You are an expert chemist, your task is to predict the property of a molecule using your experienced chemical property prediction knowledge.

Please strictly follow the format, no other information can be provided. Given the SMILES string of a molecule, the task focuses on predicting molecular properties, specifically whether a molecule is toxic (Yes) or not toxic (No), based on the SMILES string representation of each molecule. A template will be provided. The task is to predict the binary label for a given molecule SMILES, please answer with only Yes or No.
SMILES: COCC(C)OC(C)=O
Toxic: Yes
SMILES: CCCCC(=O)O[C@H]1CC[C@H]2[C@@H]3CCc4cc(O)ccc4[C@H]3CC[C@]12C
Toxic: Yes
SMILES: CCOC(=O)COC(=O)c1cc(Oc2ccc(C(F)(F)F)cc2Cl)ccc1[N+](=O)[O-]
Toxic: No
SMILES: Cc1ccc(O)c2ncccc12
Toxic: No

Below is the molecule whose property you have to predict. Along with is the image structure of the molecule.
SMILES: COC(=O)c1ccc(C=O)cc1
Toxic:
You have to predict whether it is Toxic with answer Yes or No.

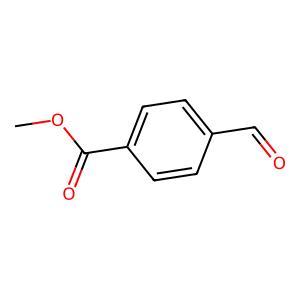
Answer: No